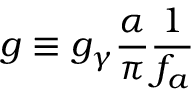
g \equiv g _ { \gamma } { \frac { \alpha } { \pi } } { \frac { 1 } { f _ { a } } }